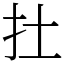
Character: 扗